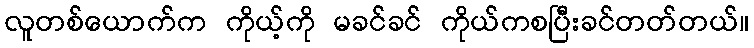
လူတစ်ယောက်က ကိုယ့်ကို မခင်ခင် ကိုယ်ကစပြီးခင်တတ်တယ်။